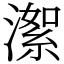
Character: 㵖